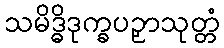
သမိဒ္ဓိဒုက္ခပဉှာသုတ္တံ